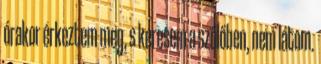
órakor érkeztem meg, s keresem a szőlőben, nem látom.